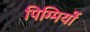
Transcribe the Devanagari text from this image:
पिग्मियों